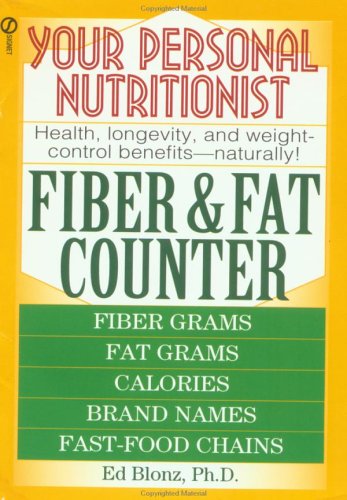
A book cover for Your Personal Nutritionist: Fiber and Fat Counter; Ed Blonz; Health, Fitness & Dieting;